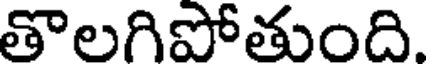
తొలగిపోతుంది.